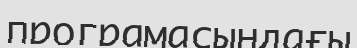
програмасындағы